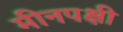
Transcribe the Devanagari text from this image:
मीनपक्षी